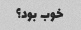
خوب بود؟